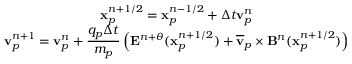
\begin{array} { c } { \displaystyle \mathbf { x } _ { p } ^ { n + 1 / 2 } = \mathbf { x } _ { p } ^ { n - 1 / 2 } + \Delta t \mathbf { v } _ { p } ^ { n } } \\ { \displaystyle \mathbf { v } _ { p } ^ { n + 1 } = \mathbf { v } _ { p } ^ { n } + \frac { q _ { p } \Delta t } { m _ { p } } \left( \mathbf { E } ^ { n + \theta } ( \mathbf { x } _ { p } ^ { n + 1 / 2 } ) + \overline { { \mathbf { v } } } _ { p } \times \mathbf { B } ^ { n } ( \mathbf { x } _ { p } ^ { n + 1 / 2 } ) \right) } \end{array}